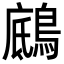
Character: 𪂑